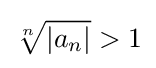
{\sqrt[{n}]{|a_{n}|}}>1